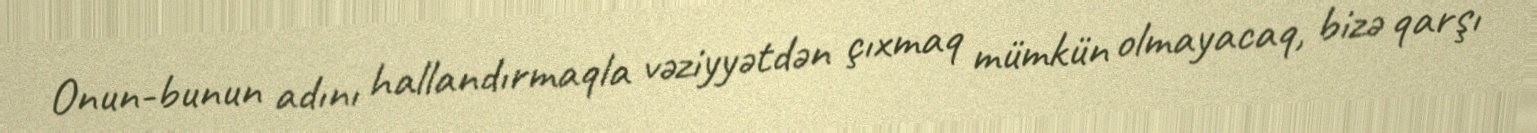
Onun-bunun adını hallandırmaqla vəziyyətdən çıxmaq mümkün olmayacaq, bizə qarşı